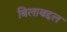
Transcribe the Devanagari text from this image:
बिलाबद्दल